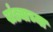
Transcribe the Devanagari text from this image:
खंड्याच्या